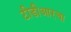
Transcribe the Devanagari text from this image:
टीडीआरचा